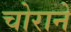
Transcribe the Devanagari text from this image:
चोराने